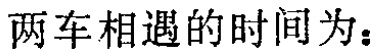
两车相遇的时间为：